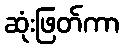
ဆုံးဖြတ်ကာ